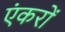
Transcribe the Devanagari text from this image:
एंकरों